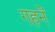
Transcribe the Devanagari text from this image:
गहनें